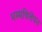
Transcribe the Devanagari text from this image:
भस्मविलेपन